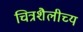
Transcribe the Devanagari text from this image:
चित्रशैलीच्य